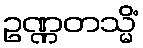
ဥဏ္ဏတသ္မိံ